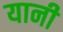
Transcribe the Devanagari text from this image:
यानी